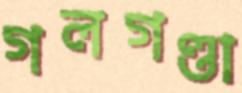
গলগণ্ডা